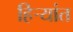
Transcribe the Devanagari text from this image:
हिर्‍यांत